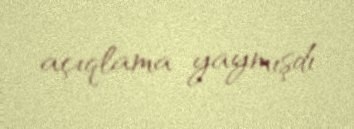
açıqlama yaymışdı.